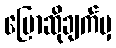
ပြောဆိုချက်မှ